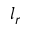
l _ { r }